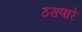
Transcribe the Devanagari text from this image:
ठसणारे